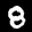
Label: 8